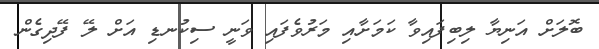
ބޮލަށް އަނިޔާ ލިބިފައިވާ ކަމަށާއި މަރުވެފައި ވަނީ ސިކުނޑި އަށް ލޭ ފޭދިގެން